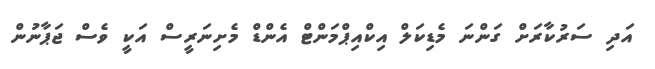
އަދި ސަރުކާރަށް ގަންނަ މެޑިކަލް އިކްއިޕްމަންޓް އެންޑް މެށިނަރީސް އަކީ ވެސް ޖަޕާނުން